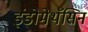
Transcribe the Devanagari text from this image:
इंडोमेथॅसिन